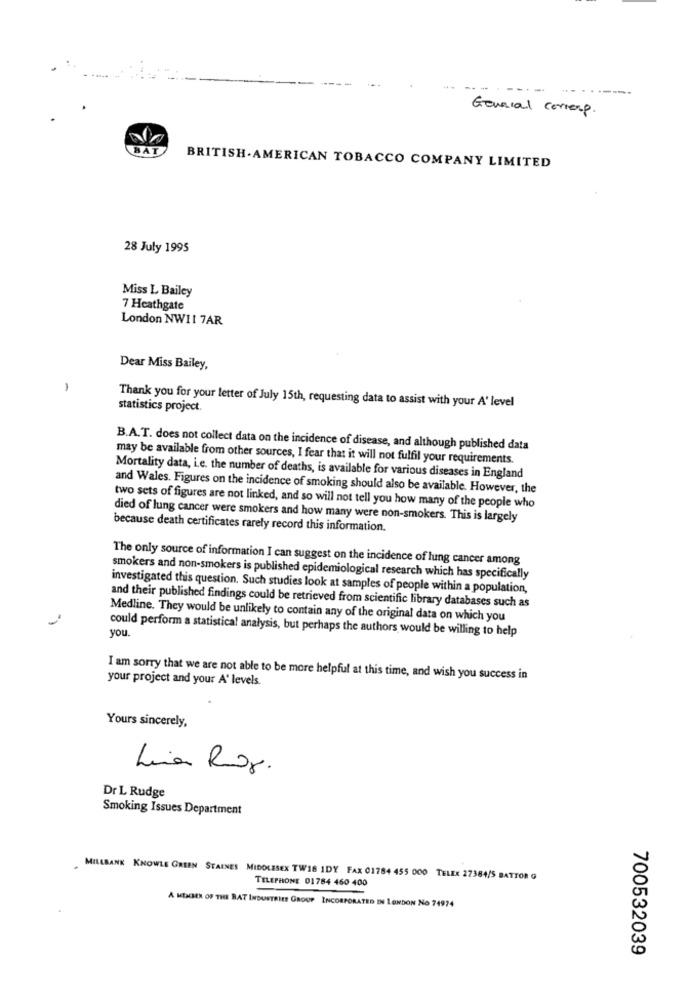
General corresp.
BAT
BRITISH AMERICAN TOBACCO COMPANY LIMITED
28 July 1995
Miss L Bailey
7 Heathgate
London NW11 7AR
Dear Miss Bailey,
-
Thank you for your letter of July 15th, requesting data to assist with your A' level
statistics project.
B.A.T. does not collect data on the incidence of disease, and although published data
may be available from other sources, I fear that it will not fulfil your requirements.
Mortality data, i.e. the number of deaths, is available for various diseases in England
and Wales. Figures on the incidence of smoking should also be available. However, the
two sets of figures are not linked, and so will not tell you how many of the people who
died of lung cancer were smokers and how many were non-smokers. This is largely
because death certificates rarely record this information.
The only source of information I can suggest on the incidence of lung cancer among
smokers and non-smokers is published epidemiological research which has specifically
investigated this question. Such studies look at samples of people within a population,
and their published findings could be retrieved from scientific library databases such as
Medline. They would be unlikely to contain any of the original data on which you
could perform a statistical analysis, but perhaps the authors would be willing to help
you.
your project and your A' levels.
I am sorry that we are not able to be more helpful at this time, and wish you success in
Yours sincerely,
Luna Roz.
Dr L Rudge
Smoking Issues Department
MILLBANK KNOWLE GREEN STAINES MIDDLESEX TW18 IDY FAX 01784 455 000 TELEX 27384/5 BATTOR G
TELEPHONE 01784 460 400
A MEMBER OF THE BAT INDUSTRIES GROUP INCORPORATED IN LONDON NO 74974
700532039